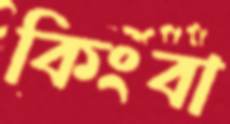
কিংবা